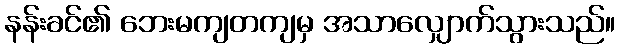
နန်းခင်၏ ဘေးမကျတကျမှ အသာလျှောက်သွားသည်။